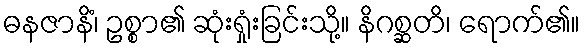
ဓနဇာနိံ၊ ဥစ္စာ၏ ဆုံးရှုံးခြင်းသို့။ နိဂစ္ဆတိ၊ ရောက်၏။